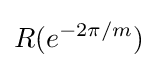
R(e^{-2\pi /m})